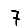
Digit: 7